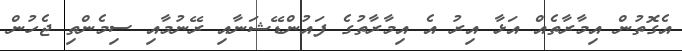
އެގޮތުން އިމާރާތެއް އަޅާ އިރު އެ އިމާރާތުގެ ފައުންޑޭޝަނާއި ރޭނުމާއި ސިމެންތި ޖެހުން